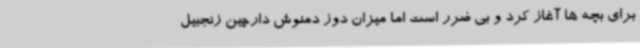
برای بچه ها آغاز کرد و بی ضرر است اما میزان دوز دمنوش دارچین زنجبیل